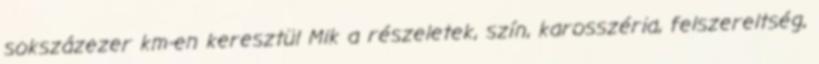
sokszázezer km-en keresztül Mik a részeletek, szín, karosszéria, felszereltség,